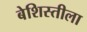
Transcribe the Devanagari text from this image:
बेशिस्तीला